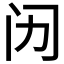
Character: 𱐪